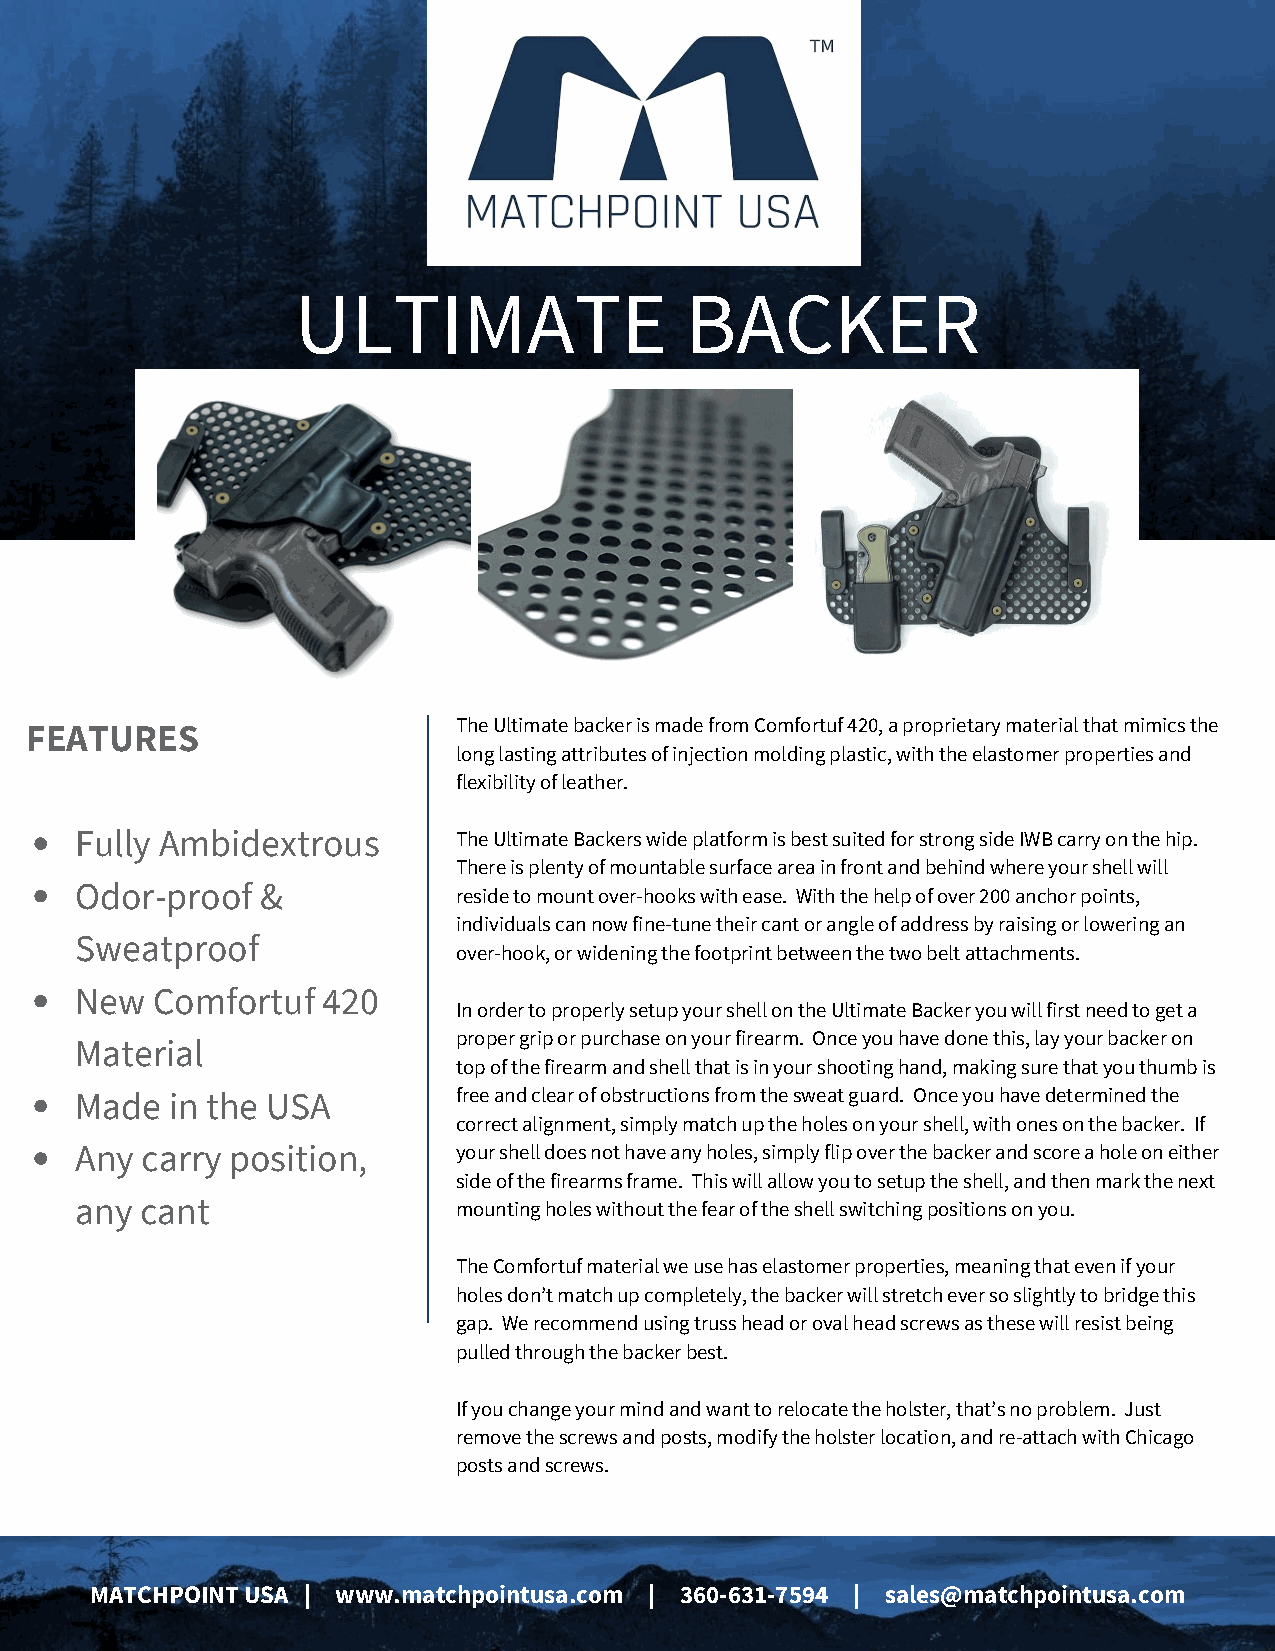
ULTIMATE                  BACKER
 The Ultimate backer is made from Comfortuf 420, a proprietary material that mimics the
 FEATURES
 long lasting attributes of injection molding plastic, with the elastomer properties and
 flexibility of leather.
 Fully Ambidextrous       The Ultimate Backers wide platform is best suited for strong side IWB carry on the hip.
 There is plenty of mountable surface area in front and behind where your shell will
 Odor-proof  &
 reside to mount over-hooks with ease. With the help of over 200 anchor points,
 individuals can now fine-tune their cant or angle of address by raising or lowering an
 Sweatproof
 over-hook, or widening the footprint between the two belt attachments.
 New  Comfortuf  420
 In order to properly setup your shell on the Ultimate Backer you will first need to get a
 proper grip or purchase on your firearm. Once you have done this, lay your backer on
 Material
 top of the firearm and shell that is in your shooting hand, making sure that you thumb is
 Made  in the USA         free and clear of obstructions from the sweat guard. Once you have determined the
 correct alignment, simply match up the holes on your shell, with ones on the backer. If
 Any carry position,      your shell does not have any holes, simply flip over the backer and score a hole on either
 side of the firearms frame. This will allow you to setup the shell, and then mark the next
 any cant                 mounting holes without the fear of the shell switching positions on you.
 The Comfortuf material we use has elastomer properties, meaning that even if your
 holes don’t match up completely, the backer will stretch ever so slightly to bridge this
 gap. We recommend using truss head or oval head screws as these will resist being
 pulled through the backer best.
 If you change your mind and want to relocate the holster, that’s no problem. Just
 remove the screws and posts, modify the holster location, and re-attach with Chicago
 posts and screws.
 MATCHPOINT USA | www.matchpointusa.com | 360-631-7594 | sales@matchpointusa.com